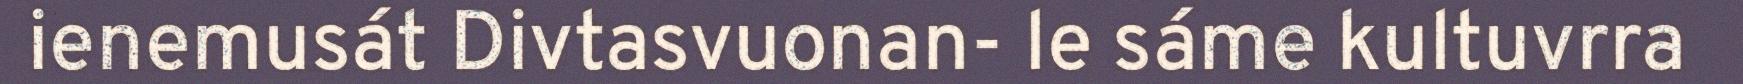
ienemusát Divtasvuonan- le sáme kultuvrra